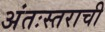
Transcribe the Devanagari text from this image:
अंतःस्तराची